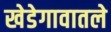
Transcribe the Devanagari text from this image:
खेडेगावातले